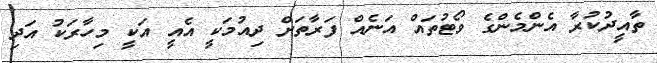
ތާއީދުކުރާ އެންމެންގެ ވޯޓުތައް އަނެއް ފަރާތަށް ދިއުމަކީ އެއީ އަކީ މިހާރަކު އަދި